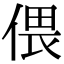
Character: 偎